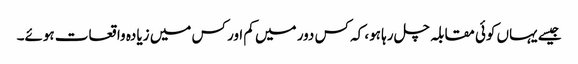
جیسے یہاں کوئی مقابلہ چل رہا ہو، کہ کس دور میں کم اور کس میں زیادہ واقعات ہوئے۔